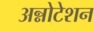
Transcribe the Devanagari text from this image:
अन्नोटेशन